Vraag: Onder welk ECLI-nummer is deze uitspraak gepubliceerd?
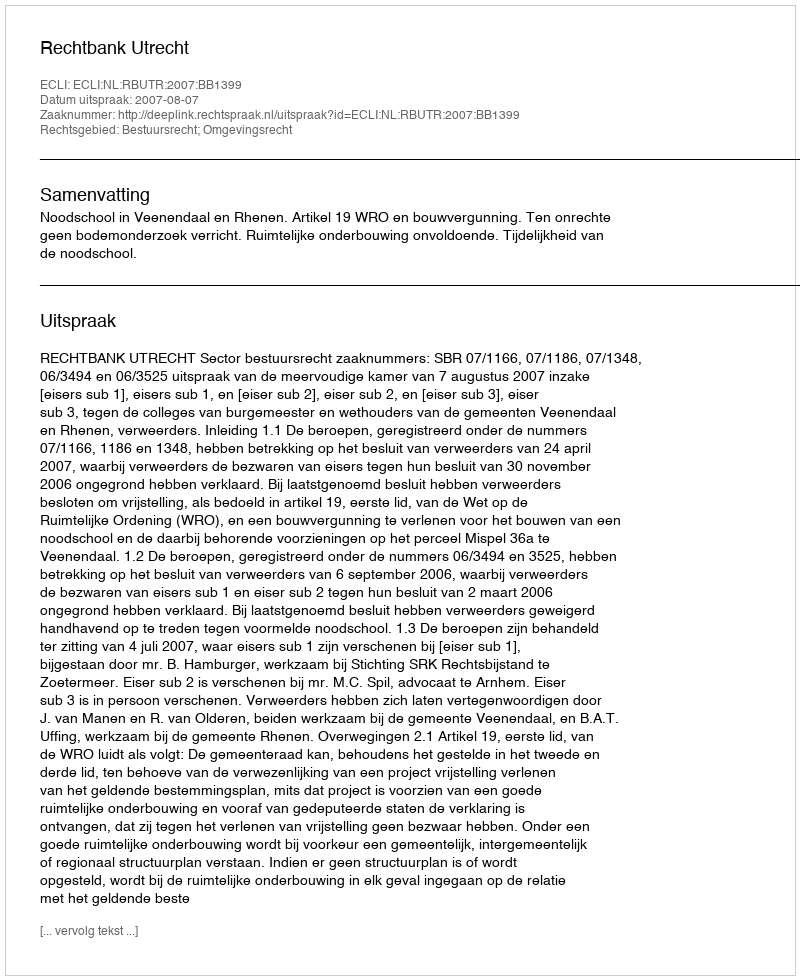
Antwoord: ECLI:NL:RBUTR:2007:BB1399